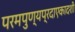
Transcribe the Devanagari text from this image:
परमपुण्यप्रदाएकादशी